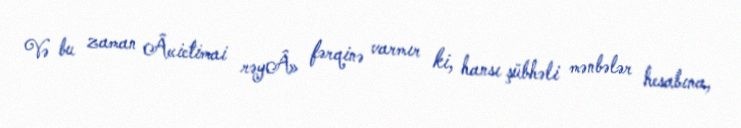
Və bu zaman Â«ictimai rəyÂ» fərqinə varmır ki, hansı şübhəli mənbələr hesabına,